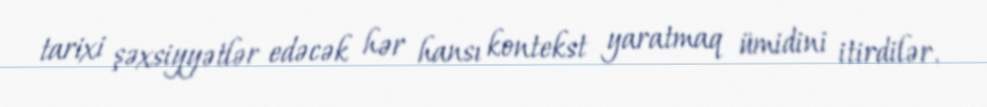
tarixi şəxsiyyətlər edəcək hər hansı kontekst yaratmaq ümidini itirdilər.